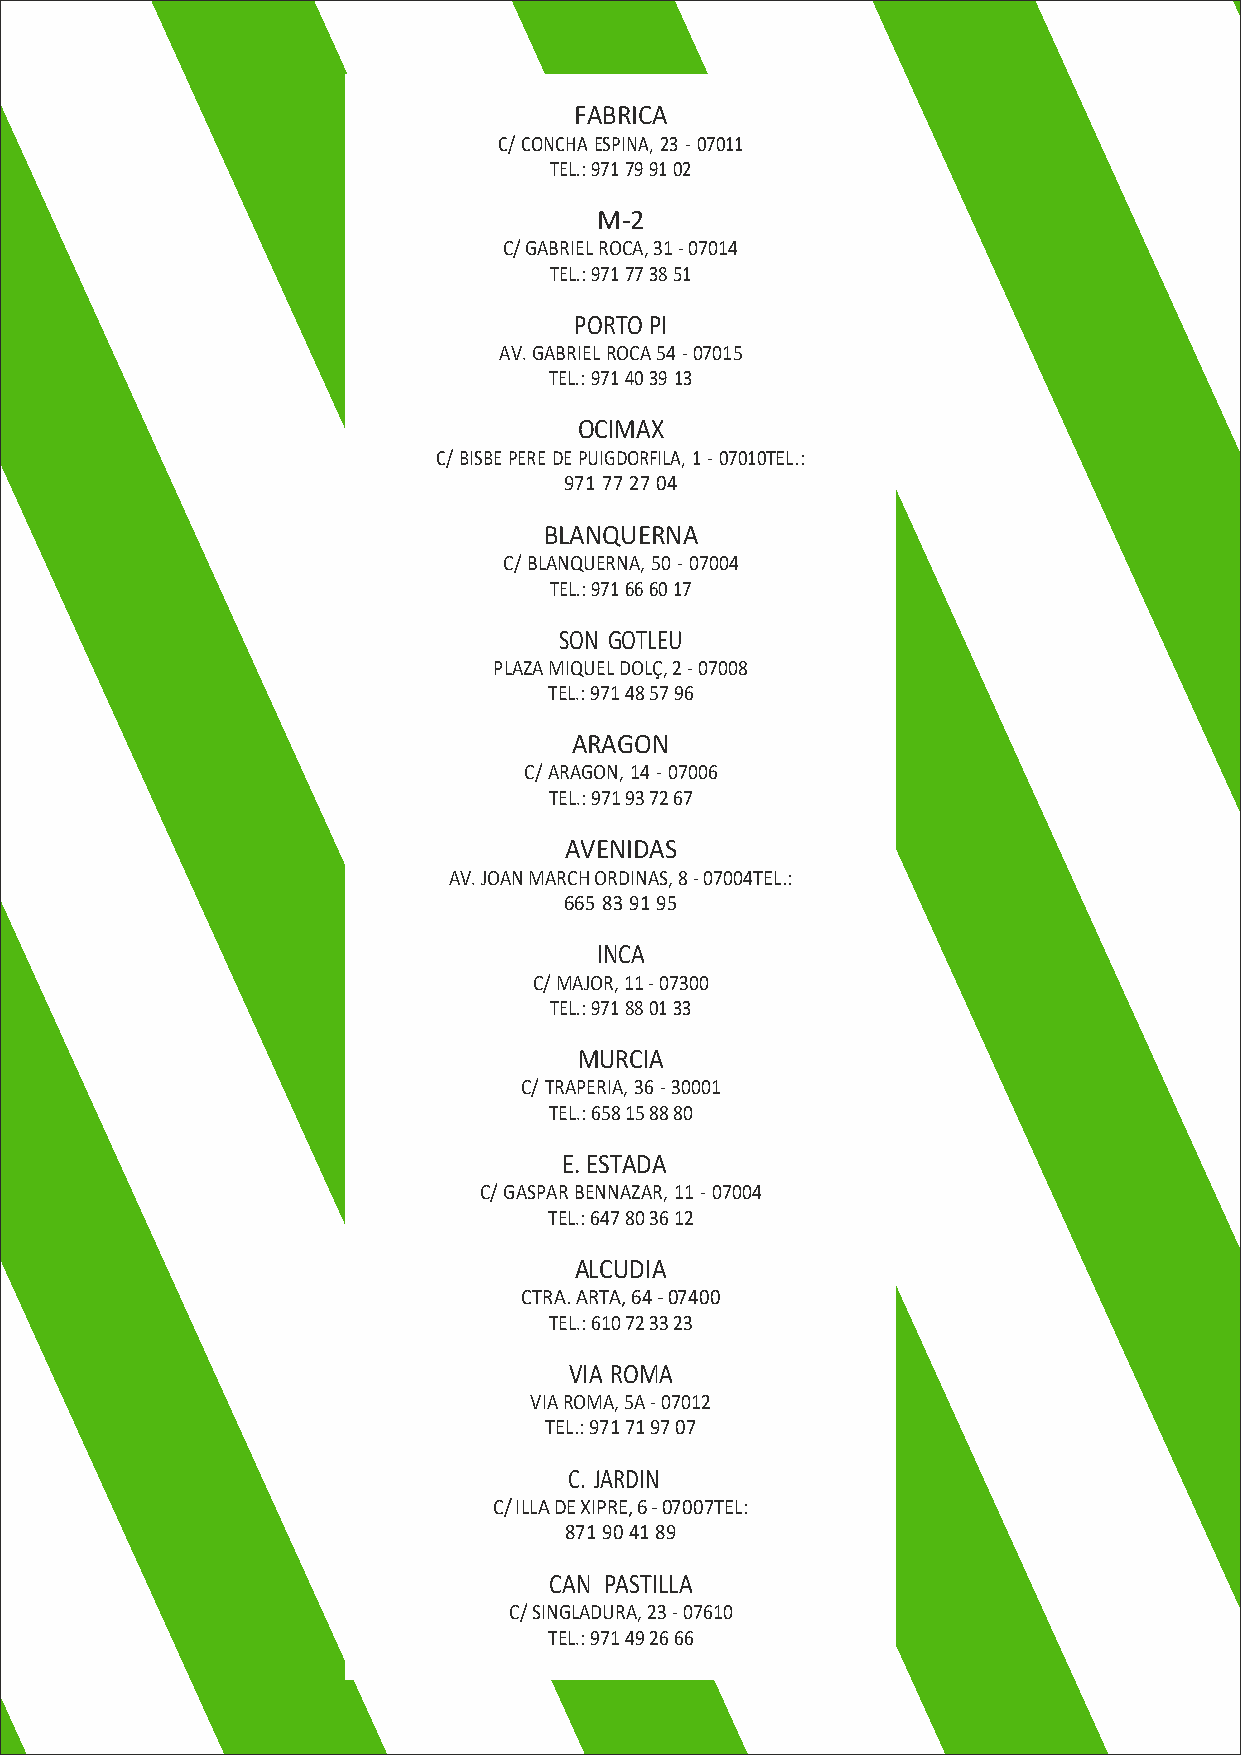
FABRICA
 C/ CONCHA ESPINA, 23 - 07011
 TEL.: 971 79 91 02
 M-2
 C/ GABRIEL ROCA, 31 - 07014
 TEL.: 971 77 38 51
 PORTO PI
 AV. GABRIEL ROCA 54 - 07015
 TEL.: 971 40 39 13
 OCIMAX
 C/ BISBE PERE DE PUIGDORFILA, 1 - 07010 TEL.:
 971 77 27 04
 BLANQUERNA
 C/ BLANQUERNA, 50 - 07004
 TEL.: 971 66 60 17
 SON GOTLEU
 PLAZA MIQUEL DOLÇ, 2 - 07008
 TEL.: 971 48 57 96
 ARAGON
 C/ ARAGON, 14 - 07006
 TEL.: 971 93 72 67
 AVENIDAS
 AV. JOAN MARCH ORDINAS, 8 - 07004 TEL.:
 665 83 91 95
 INCA
 C/ MAJOR, 11 - 07300
 TEL.: 971 88 01 33
 MURCIA
 C/ TRAPERIA, 36 - 30001
 TEL.: 658 15 88 80
 E. ESTADA
 C/ GASPAR BENNAZAR, 11 - 07004
 TEL.: 647 80 36 12
 ALCUDIA
 CTRA. ARTA, 64 - 07400
 TEL.: 610 72 33 23
 VIA ROMA
 VIA ROMA, 5A - 07012
 TEL.: 971 71 97 07
 C. JARDIN
 C/ ILLA DE XIPRE, 6 - 07007 TEL:
 871 90 41 89
 CAN PASTILLA
 C/ SINGLADURA, 23 - 07610
 TEL.: 971 49 26 66